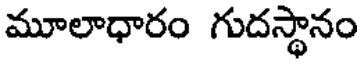
మూలాధారం గుదస్థానం